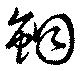
鮦